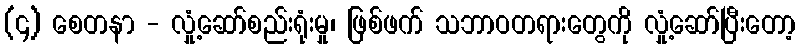
(၄) စေတနာ - လှုံ့ဆော်စည်းရုံးမှု၊ ဖြစ်ဖက် သဘာဝတရားတွေကို လှုံ့ဆော်ပြီးတော့